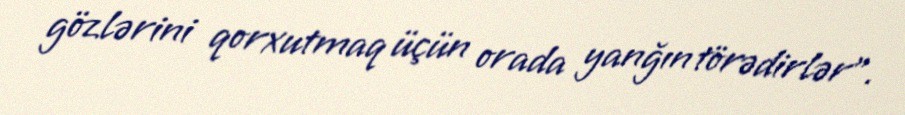
gözlərini qorxutmaq üçün orada yanğın törədirlər".